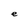
Character: e